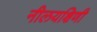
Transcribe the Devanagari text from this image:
नीलयक्षिणी